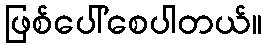
ဖြစ်ပေါ်စေပါတယ်။